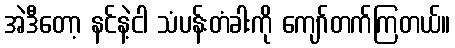
အဲဒီတော့ နင်နဲ့ငါ သံပန်းတံခါးကို ကျော်တက်ကြတယ်။